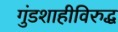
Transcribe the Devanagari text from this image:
गुंडशाहीविरुद्ध